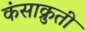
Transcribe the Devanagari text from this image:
कंसाक्रुती